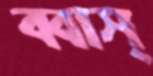
ব্বাস্